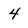
Character: 4